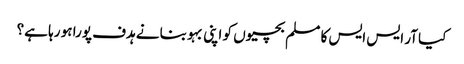
کیا آر ایس ایس کا مسلم بچیوں کو اپنی بہو بنانے ہدف پورا ہو رہا ہے؟